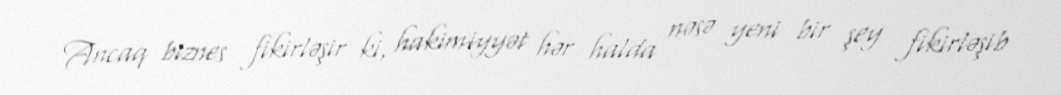
Ancaq biznes fikirləşir ki, hakimiyyət hər halda nəsə yeni bir şey fikirləşib